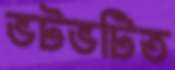
ভটভটিত